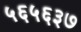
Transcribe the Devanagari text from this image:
५६५६३७